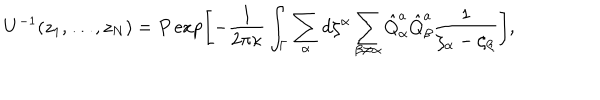
U ^ { - 1 } ( z _ { 1 } , \dots , z _ { N } ) = P \exp \left[ - { \frac { 1 } { 2 \pi \kappa } } \int _ { \Gamma } \sum _ { \alpha } d \zeta ^ { \alpha } \sum _ { \beta \not = \alpha } \hat { Q } _ { \alpha } ^ { a } \hat { Q } _ { \beta } ^ { a } { \frac { 1 } { \zeta _ { \alpha } - \zeta _ { \beta } } } \right] ,